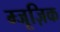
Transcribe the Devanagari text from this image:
म्जूज़िक